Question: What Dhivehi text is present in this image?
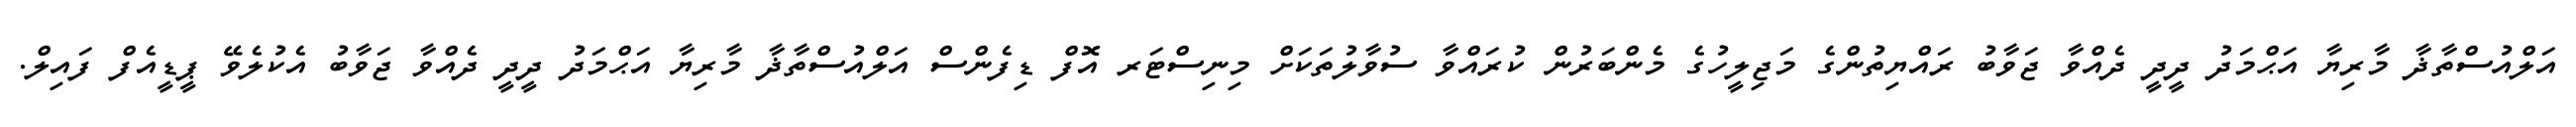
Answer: އަލްއުސްތާޛާ މާރިޔާ އަޙްމަދު ދީދީ ދެއްވާ ޖަވާބު ރައްޔިތުންގެ މަޖިލީހުގެ މެންބަރުން ކުރައްވާ ސުވާލުތަކަށް މިނިސްޓަރ އޮފް ޑިފެންސް އަލްއުސްތާޛާ މާރިޔާ އަޙްމަދު ދީދީ ދެއްވާ ޖަވާބު އެކުލެވޭ ޕީޑީއެފް ފައިލް.